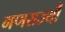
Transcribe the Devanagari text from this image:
गणराज्यौं